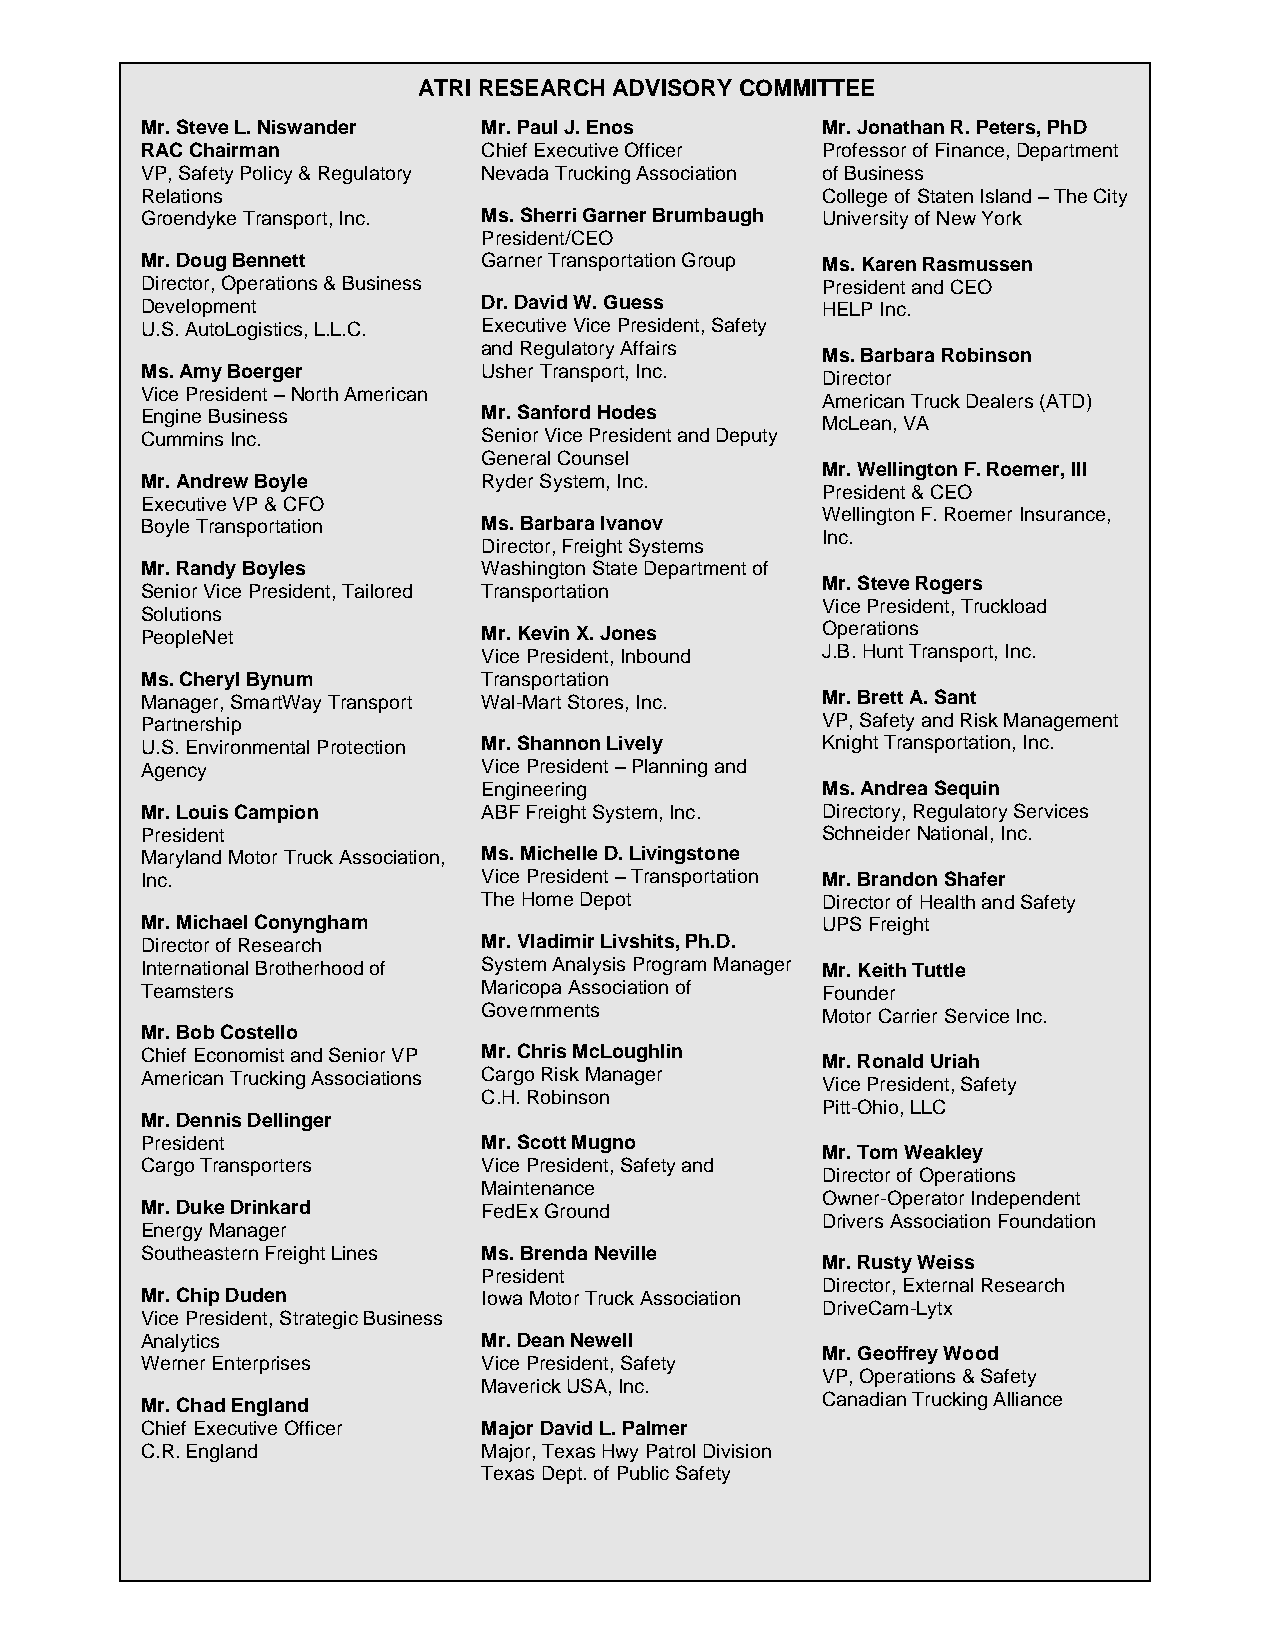
ATRI RESEARCH ADVISORY COMMITTEE
 Mr. Steve L. Niswander Mr. Paul J. Enos      Mr. Jonathan R. Peters, PhD
 RAC Chairman           Chief Executive Officer Professor of Finance, Department
 VP, Safety Policy & Regulatory Nevada Trucking Association of Business
 Relations                                    College of Staten Island – The City
 Groendyke Transport, Inc. Ms. Sherri Garner Brumbaugh University of New York
 President/CEO
 Mr. Doug Bennett       Garner Transportation Group Ms. Karen Rasmussen
 Director, Operations & Business              President and CEO
 Development            Dr. David W. Guess    HELP Inc.
 U.S. AutoLogistics, L.L.C. Executive Vice President, Safety
 and Regulatory Affairs
 Ms. Barbara Robinson
 Ms. Amy Boerger        Usher Transport, Inc.
 Director
 Vice President – North American
 American Truck Dealers (ATD)
 Engine Business        Mr. Sanford Hodes
 McLean, VA
 Cummins Inc.           Senior Vice President and Deputy
 General Counsel
 Mr. Wellington F. Roemer, III
 Mr. Andrew Boyle       Ryder System, Inc.
 President & CEO
 Executive VP & CFO
 Wellington F. Roemer Insurance,
 Boyle Transportation   Ms. Barbara Ivanov
 Inc.
 Director, Freight Systems
 Mr. Randy Boyles       Washington State Department of
 Mr. Steve Rogers
 Senior Vice President, Tailored Transportation
 Vice President, Truckload
 Solutions
 PeopleNet              Mr. Kevin X. Jones    Operations
 Vice President, Inbound J.B. Hunt Transport, Inc.
 Ms. Cheryl Bynum       Transportation
 Manager, SmartWay Transport Wal-Mart Stores, Inc. Mr. Brett A. Sant
 Partnership                                  VP, Safety and Risk Management
 U.S. Environmental Protection Mr. Shannon Lively Knight Transportation, Inc.
 Agency                 Vice President – Planning and
 Engineering           Ms. Andrea Sequin
 Mr. Louis Campion      ABF Freight System, Inc. Directory, Regulatory Services
 President                                    Schneider National, Inc.
 Maryland Motor Truck Association, Ms. Michelle D. Livingstone
 Inc.                   Vice President – Transportation Mr. Brandon Shafer
 The Home Depot        Director of Health and Safety
 Mr. Michael Conyngham                        UPS Freight
 Director of Research   Mr. Vladimir Livshits, Ph.D.
 International Brotherhood of System Analysis Program Manager Mr. Keith Tuttle
 Teamsters              Maricopa Association of Founder
 Governments           Motor Carrier Service Inc.
 Mr. Bob Costello
 Chief Economist and Senior VP Mr. Chris McLoughlin Mr. Ronald Uriah
 American Trucking Associations Cargo Risk Manager Vice President, Safety
 C.H. Robinson
 Pitt-Ohio, LLC
 Mr. Dennis Dellinger
 President              Mr. Scott Mugno
 Mr. Tom Weakley
 Cargo Transporters     Vice President, Safety and
 Director of Operations
 Maintenance
 Owner-Operator Independent
 Mr. Duke Drinkard      FedEx Ground
 Drivers Association Foundation
 Energy Manager
 Southeastern Freight Lines Ms. Brenda Neville
 Mr. Rusty Weiss
 President
 Director, External Research
 Mr. Chip Duden         Iowa Motor Truck Association
 DriveCam-Lytx
 Vice President, Strategic Business
 Analytics              Mr. Dean Newell
 Mr. Geoffrey Wood
 Werner Enterprises     Vice President, Safety
 VP, Operations & Safety
 Maverick USA, Inc.
 Mr. Chad England                             Canadian Trucking Alliance
 Chief Executive Officer Major David L. Palmer
 C.R. England           Major, Texas Hwy Patrol Division
 Texas Dept. of Public Safety